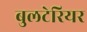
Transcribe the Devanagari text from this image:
बुलटेरियर